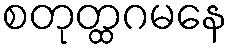
စတုတ္ထဂမနေ